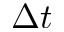
\Delta t